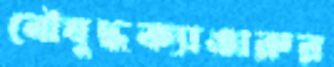
নৌযুদ্ধক্যাঙারুর